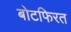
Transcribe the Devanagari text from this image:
बोटफिरत